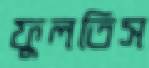
ফুলতিস